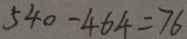
5 4 0 - 4 6 4 = 7 6